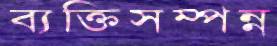
ব্যক্তিসম্পন্ন